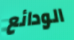
الودائع